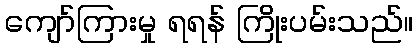
ကျော်ကြားမှု ရရန် ကြိုးပမ်းသည်။